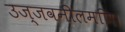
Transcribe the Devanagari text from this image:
उज्जवनीलमणि।